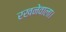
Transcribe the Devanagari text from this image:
रखनेवाला।